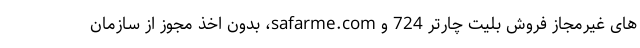
های غیرمجاز فروش بلیت چارتر 724 و safarme.com، بدون اخذ مجوز از سازمان